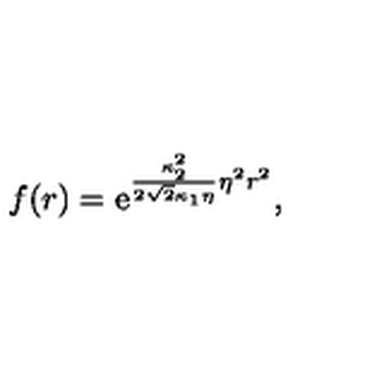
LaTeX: f ( r ) = \mathrm { e } ^ { \frac { \kappa _ { 2 } ^ { 2 } } { 2 \sqrt { 2 } \kappa _ { 1 } \eta } \eta ^ { 2 } r ^ { 2 } } ,